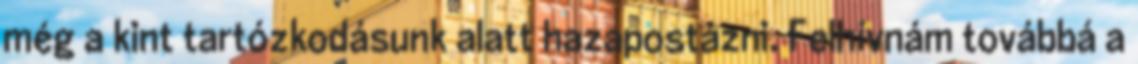
még a kint tartózkodásunk alatt hazapostázni. Felhívnám továbbá a